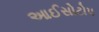
આઈસોટોપ